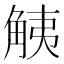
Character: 𧣧